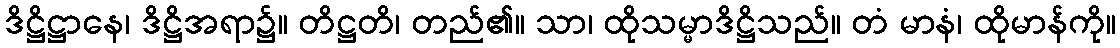
ဒိဋ္ဌိဋ္ဌာနေ၊ ဒိဋ္ဌိအရာ၌။ တိဋ္ဌတိ၊ တည်၏။ သာ၊ ထိုသမ္မာဒိဋ္ဌိသည်။ တံ မာနံ၊ ထိုမာန်ကို။